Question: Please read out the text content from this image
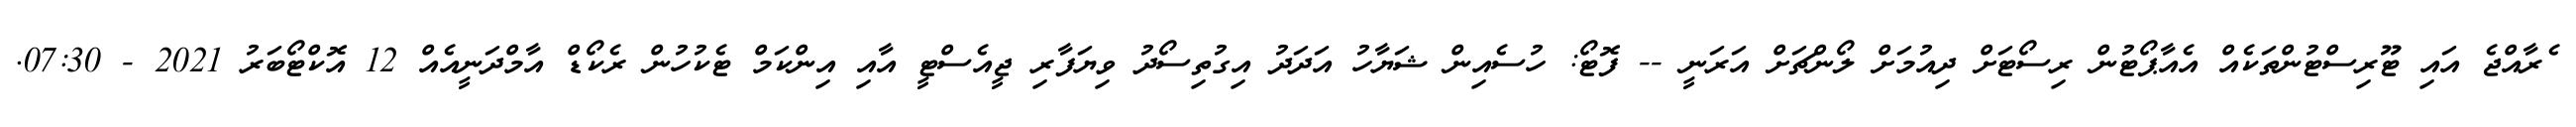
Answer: ެރާއްޖެ އައި ޓޫރިސްޓުންތަކެއް އެއާޕޯޓުން ރިސޯޓަށް ދިއުމަށް ލޯންޗަށް އަރަނީ -- ފޮޓޯ: ހުސެއިން ޝަޔާހު އަދަދު އިގުތިސޯދު ވިޔަފާރި ޖީއެސްޓީ އާއި އިންކަމް ޓެކުހުން ރެކޯޑް އާމްދަނީއެއް 12 އޮކްޓޯބަރު 2021 - 07:30.